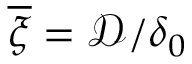
\overline { { \xi } } = \mathcal { D } / \delta _ { 0 }